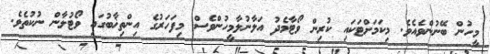
މީހުން ބޭނުންވެއެވެ. މިކަމަށްޓަކައި ކުރިން ވޯޓާމެދު އަލާނުލާމީހުންވެސް މިފަހަރުގެ އިންތިޚާބުގައި ވޯޓުލާން ނުކުތެވެ.